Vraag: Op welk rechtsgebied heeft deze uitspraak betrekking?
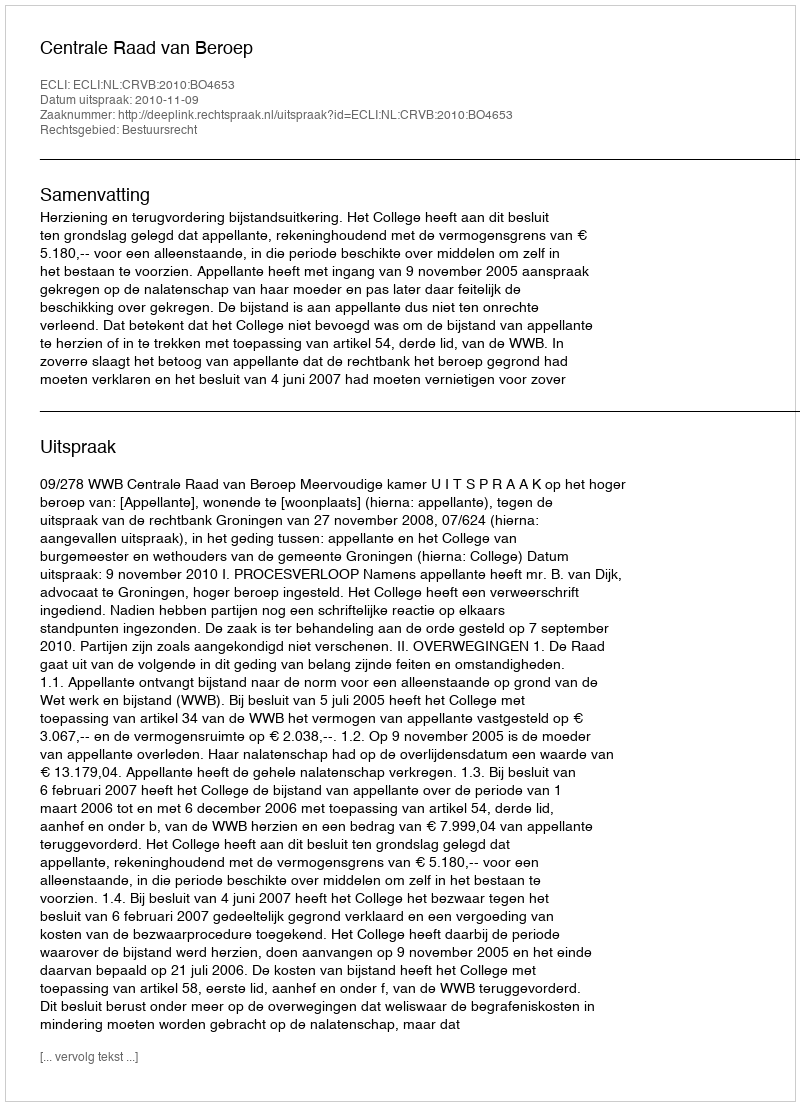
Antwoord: Bestuursrecht